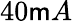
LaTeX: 40\mathsf{m}A